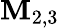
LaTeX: \mathbf{M}_{2,3}